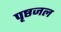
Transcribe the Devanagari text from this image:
पृष्ठजल